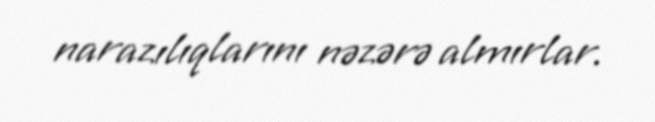
narazılıqlarını nəzərə almırlar.